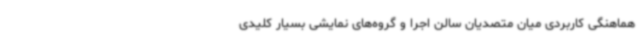
هماهنگی کاربردی میان متصدیان سالن‌ اجرا و گروه‌های نمایشی بسیار کلیدی